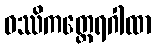
ဝဿိကတ္ထေရဂါထာ